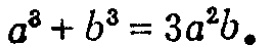
\(a^{3}+b^{3}=3a^{2}b。\)